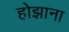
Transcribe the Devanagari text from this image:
होझाना